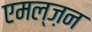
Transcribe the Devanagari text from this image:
एमल्ज़न